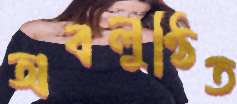
অবলুণ্ঠিত